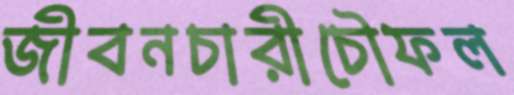
জীবনচারীচৌফল